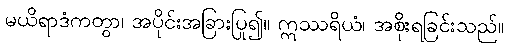
မယိရာဒံကတွာ၊ အပိုင်းအခြားပြု၍။ ဣဿရိယံ၊ အစိုးရခြင်းသည်။